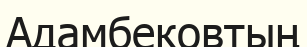
Адамбековтың